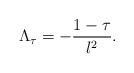
LaTeX: \begin{align*}\Lambda_\tau = - {1 -\tau \over l^2}.\end{align*}